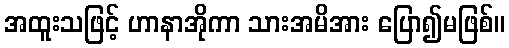
အထူးသဖြင့် ဟာနာအိုကာ သားအမိအား ပြော၍မဖြစ်။